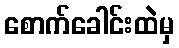
စောက်ခေါင်းထဲမှ